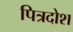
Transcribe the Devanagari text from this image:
पित्रदोश